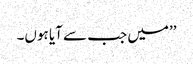
’’میں جب سے آیا ہوں۔